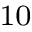
_ { 1 0 }